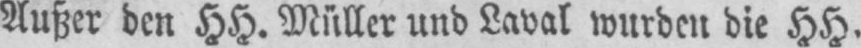
Außer den HH. Müller und Laval wurden die HH.